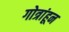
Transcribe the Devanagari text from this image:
गोत्रांहून